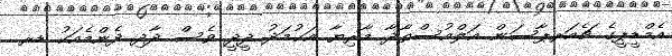
އެމްޑީޕީގެ ޗެއަރޕާސަން އަލްއުސްތާޛާ މާރިޔާ އަޙުމަދު ދީދީ ވެސް ދާދި ދެންމެއަކު ޑރ.